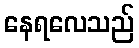
နေရလေသည်